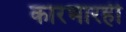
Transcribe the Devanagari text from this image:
कारभारही